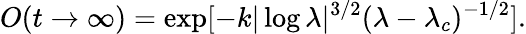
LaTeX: {O(t\to\infty)}=\exp[-{k}|\log\lambda|^{3/2}(\lambda-\lambda_{c})^{-1/2}].